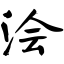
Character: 浍